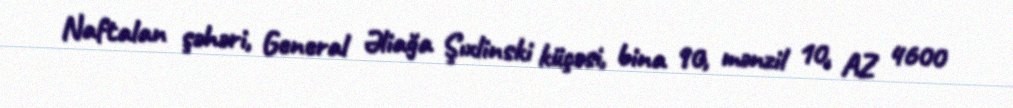
Naftalan şəhəri, General Əliağa Şıxlinski küçəsi, bina 90, mənzil 10, AZ 4600